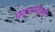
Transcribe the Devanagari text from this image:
पडताळले